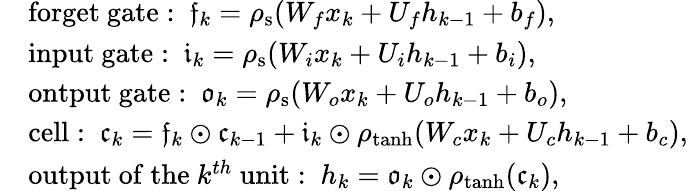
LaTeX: \begin{array}{rl}&{\mathrm{forget~gate:~}\mathfrak{f}_{k}=\rho_{\mathrm{s}}(W_{f}x_{k}+U_{f}h_{k-1}+b_{f}),}\\ &{\mathrm{input~gate:~}\mathfrak{i}_{k}=\rho_{\mathrm{s}}(W_{i}x_{k}+U_{i}h_{k-1}+b_{i}),}\\ &{\mathrm{ontput~gate:~}\mathfrak{o}_{k}=\rho_{\mathrm{s}}(W_{o}x_{k}+U_{o}h_{k-1}+b_{o}),}\\ &{\mathrm{cell:~}\mathfrak{c}_{k}=\mathfrak{f}_{k}\odot\mathfrak{c}_{k-1}+\mathfrak{i}_{k}\odot\rho_{\operatorname{tanh}}(W_{c}x_{k}+U_{c}h_{k-1}+b_{c}),}\\ &{\mathrm{output~of~the~}k^{th}\mathrm{~unit:~}h_{k}=\mathfrak{o}_{k}\odot\rho_{\operatorname{tanh}}(\mathfrak{c}_{k}),}\end{array}